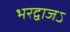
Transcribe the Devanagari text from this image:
भरद्वाजऽ